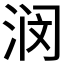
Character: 𫞗